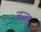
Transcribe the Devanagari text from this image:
वज्ह